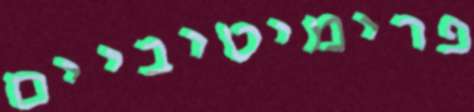
פרימיטיביים